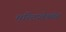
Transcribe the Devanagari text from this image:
मल्टिप्लेक्सेस